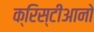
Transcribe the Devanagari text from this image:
क्रिस्टीआनो